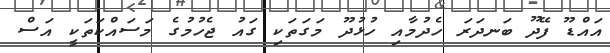
އައްޑޫ ފޭދޫ ބަނދަރަ ހެދުމާއި ހުޅުދޫ މަގަތަކި ގައު ޖެހުމުގެ މަސައްކަތަކީ އަސް